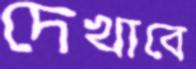
দেখাবে